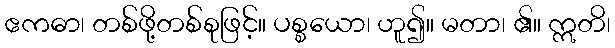
ဧကဓာ၊ တစ်ဖို့တစ်စုဖြင့်။ ပစ္စယော၊ ဟူ၍။ မတာ၊ ၏။ ဣတိ၊